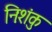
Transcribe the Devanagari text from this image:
निःशंकु